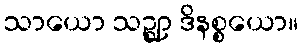
သာယော သဉ္ဈာ ဒိနစ္စယော။